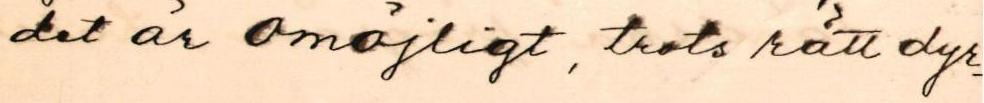
det är omöjligt, trots rätt dyr-